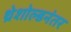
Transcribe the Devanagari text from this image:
थ्रेशोल्डनंतर